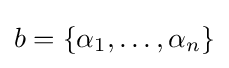
b=\{\alpha _{1},\dots ,\alpha _{n}\}